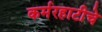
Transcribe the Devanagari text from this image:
कर्मरहाटीचे